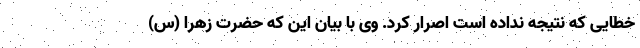
خطایی که نتیجه نداده است اصرار کرد. وی با بیان این که حضرت زهرا (س)